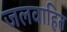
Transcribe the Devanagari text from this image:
जलवाहित